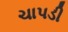
ચાપડી